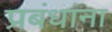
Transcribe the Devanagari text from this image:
प्रबंधांना